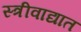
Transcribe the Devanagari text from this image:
स्त्रीवाद्यात